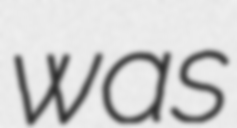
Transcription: was